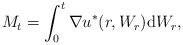
LaTeX: \begin{align*}M_t = \int_0^t \nabla u^*(r, W_r) \mathrm d W_r,\end{align*}